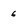
Character: 6